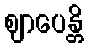
ဈာပေန္တိ